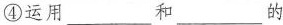
④运用___和 ___的